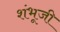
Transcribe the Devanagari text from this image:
शंभूजी